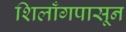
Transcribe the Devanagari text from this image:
शिलाँगपासून